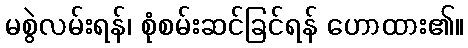
မစွဲလမ်းရန်၊ စုံစမ်းဆင်ခြင်ရန် ဟောထား၏။